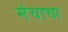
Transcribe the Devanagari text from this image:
मंचाचा